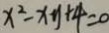
x ^ { 2 } - x y + 4 = 0